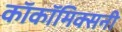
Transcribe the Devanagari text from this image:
काॅकॉमिक्सनी